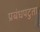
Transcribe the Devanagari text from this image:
प्रबंधपटुता